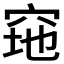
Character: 𱶶